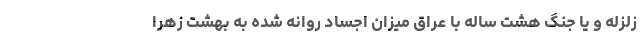
زلزله و یا جنگ هشت ساله با عراق میزان اجساد روانه شده به بهشت زهرا